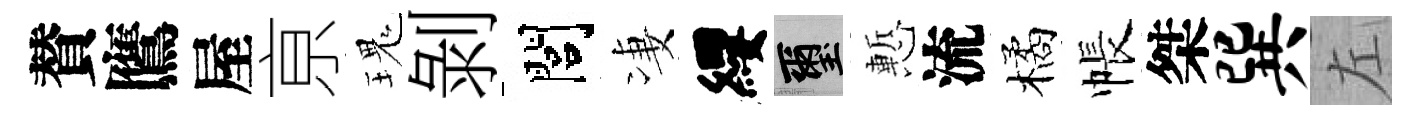
賛鷹屋亰瑰剝閭凄纓璽慙流橘帳桀巽左